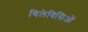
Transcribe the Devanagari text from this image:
चिलेविसिओं